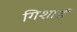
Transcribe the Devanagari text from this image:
गिशार्ड